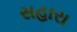
સહારા